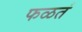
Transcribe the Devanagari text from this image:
फळतं